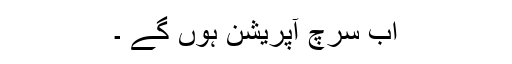
اب سرچ آپریشن ہوں گے ۔